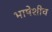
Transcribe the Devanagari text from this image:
भाषेशीच